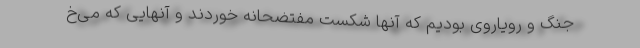
جنگ و رویاروی بودیم که آنها شکست مفتضحانه خوردند و آنهایی که می‌خ